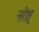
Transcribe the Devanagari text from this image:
नरेश्